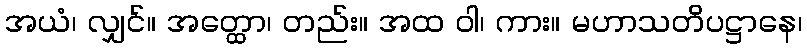
အယံ၊ လျှင်။ အတ္ထော၊ တည်း။ အထ ဝါ၊ ကား။ မဟာသတိပဋ္ဌာနေ၊